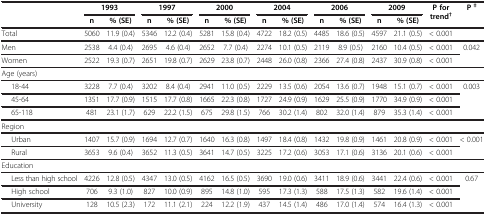
<table><thead><tr><td><b> </b></td><td colspan="2"><b>1993</b></td><td colspan="2"><b>1997</b></td><td colspan="2"><b>2000</b></td><td colspan="2"><b>2004</b></td><td colspan="2"><b>2006</b></td><td colspan="2"><b>2009</b></td><td rowspan="2"><b>P for trend<sup>†</sup></b></td><td rowspan="2"><b>P <sup>‡</sup></b></td></tr><tr><td><b> </b></td><td><b>n</b></td><td><b>% (SE)</b></td><td><b>n</b></td><td><b>% (SE)</b></td><td><b>n</b></td><td><b>% (SE)</b></td><td><b>n</b></td><td><b>% (SE)</b></td><td><b>n</b></td><td><b>% (SE)</b></td><td><b>n</b></td><td><b>% (SE)</b></td></tr></thead><tbody><tr><td>Total</td><td>5060</td><td>11.9 (0.4)</td><td>5346</td><td>12.2 (0.4)</td><td>5281</td><td>15.8 (0.4)</td><td>4722</td><td>18.2 (0.5)</td><td>4485</td><td>18.6 (0.5)</td><td>4597</td><td>21.1 (0.5)</td><td>&lt; 0.001</td><td> </td></tr><tr><td>Men</td><td>2538</td><td>4.4 (0.4)</td><td>2695</td><td>4.6 (0.4)</td><td>2652</td><td>7.7 (0.4)</td><td>2274</td><td>10.1 (0.5)</td><td>2119</td><td>8.9 (0.5)</td><td>2160</td><td>10.4 (0.5)</td><td>&lt; 0.001</td><td rowspan="2">0.042</td></tr><tr><td>Women</td><td>2522</td><td>19.3 (0.7)</td><td>2651</td><td>19.8 (0.7)</td><td>2629</td><td>23.8 (0.7)</td><td>2448</td><td>26.0 (0.8)</td><td>2366</td><td>27.4 (0.8)</td><td>2437</td><td>30.9 (0.8)</td><td>&lt; 0.001</td></tr><tr><td>Age (years)</td><td> </td><td> </td><td> </td><td> </td><td> </td><td> </td><td> </td><td> </td><td> </td><td> </td><td> </td><td> </td><td> </td><td> </td></tr><tr><td>18-44</td><td>3228</td><td>7.7 (0.4)</td><td>3202</td><td>8.4 (0.4)</td><td>2941</td><td>11.0 (0.5)</td><td>2229</td><td>13.5 (0.6)</td><td>2054</td><td>13.6 (0.7)</td><td>1948</td><td>15.1 (0.7)</td><td>&lt; 0.001</td><td>0.003</td></tr><tr><td>45-64</td><td>1351</td><td>17.7 (0.9)</td><td>1515</td><td>17.7 (0.8)</td><td>1665</td><td>22.3 (0.8)</td><td>1727</td><td>24.9 (0.9)</td><td>1629</td><td>25.5 (0.9)</td><td>1770</td><td>34.9 (0.9)</td><td>&lt; 0.001</td><td rowspan="2"> </td></tr><tr><td>65-118</td><td>481</td><td>23.1 (1.7)</td><td>629</td><td>22.2 (1.5)</td><td>675</td><td>29.8 (1.5)</td><td>766</td><td>30.2 (1.4)</td><td>802</td><td>32.0 (1.4)</td><td>879</td><td>35.3 (1.4)</td><td>&lt; 0.001</td></tr><tr><td>Region</td><td> </td><td> </td><td> </td><td> </td><td> </td><td> </td><td> </td><td> </td><td> </td><td> </td><td> </td><td> </td><td> </td><td> </td></tr><tr><td>Urban</td><td>1407</td><td>15.7 (0.9)</td><td>1694</td><td>12.7 (0.7)</td><td>1640</td><td>16.3 (0.8)</td><td>1497</td><td>18.4 (0.8)</td><td>1432</td><td>19.8 (0.9)</td><td>1461</td><td>20.8 (0.9)</td><td>&lt; 0.001</td><td rowspan="2">&lt; 0.001</td></tr><tr><td>Rural</td><td>3653</td><td>9.6 (0.4)</td><td>3652</td><td>11.3 (0.5)</td><td>3641</td><td>14.7 (0.5)</td><td>3225</td><td>17.2 (0.6)</td><td>3053</td><td>17.1 (0.6)</td><td>3136</td><td>20.1 (0.6)</td><td>&lt; 0.001</td></tr><tr><td>Education</td><td> </td><td> </td><td> </td><td> </td><td> </td><td> </td><td> </td><td> </td><td> </td><td> </td><td> </td><td> </td><td> </td><td> </td></tr><tr><td>Less than high school</td><td>4226</td><td>12.8 (0.5)</td><td>4347</td><td>13.0 (0.5)</td><td>4162</td><td>16.5 (0.5)</td><td>3690</td><td>19.0 (0.6)</td><td>3411</td><td>18.9 (0.6)</td><td>3441</td><td>22.4 (0.6)</td><td>&lt; 0.001</td><td rowspan="3">0.67</td></tr><tr><td>High school</td><td>706</td><td>9.3 (1.0)</td><td>827</td><td>10.0 (0.9)</td><td>895</td><td>14.8 (1.0)</td><td>595</td><td>17.3 (1.3)</td><td>588</td><td>17.5 (1.3)</td><td>582</td><td>19.6 (1.4)</td><td>&lt; 0.001</td></tr><tr><td>University</td><td>128</td><td>10.5 (2.3)</td><td>172</td><td>11.1 (2.1)</td><td>224</td><td>12.2 (1.9)</td><td>437</td><td>14.5 (1.4)</td><td>486</td><td>17.0 (1.4)</td><td>574</td><td>16.4 (1.3)</td><td>&lt; 0.001</td></tr></tbody></table>